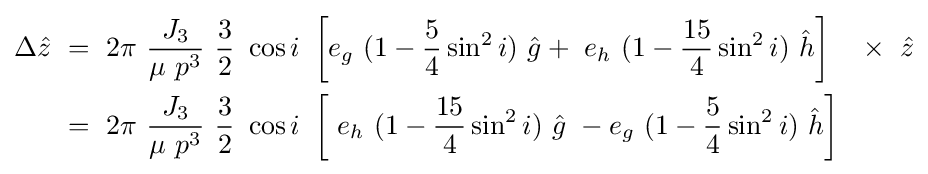
{\begin{aligned}\Delta {\hat {z}}\ &=\ 2\pi \ {\frac {J_{3}}{\mu \ p^{3}}}\ {\frac {3}{2}}\ \cos i\ \left[e_{g}\ (1-{\frac {5}{4}}\sin ^{2}i)\ {\hat {g}}+\ e_{h}\ (1-{\frac {15}{4}}\sin ^{2}i)\ {\hat {h}}\right]\quad \times \ {\hat {z}}\\&=\ 2\pi \ {\frac {J_{3}}{\mu \ p^{3}}}\ {\frac {3}{2}}\ \cos i\ \left[\ e_{h}\ (1-{\frac {15}{4}}\sin ^{2}i)\ {\hat {g}}\ -e_{g}\ (1-{\frac {5}{4}}\sin ^{2}i)\ {\hat {h}}\right]\end{aligned}}